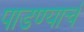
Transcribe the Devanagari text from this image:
पाडण्याचं